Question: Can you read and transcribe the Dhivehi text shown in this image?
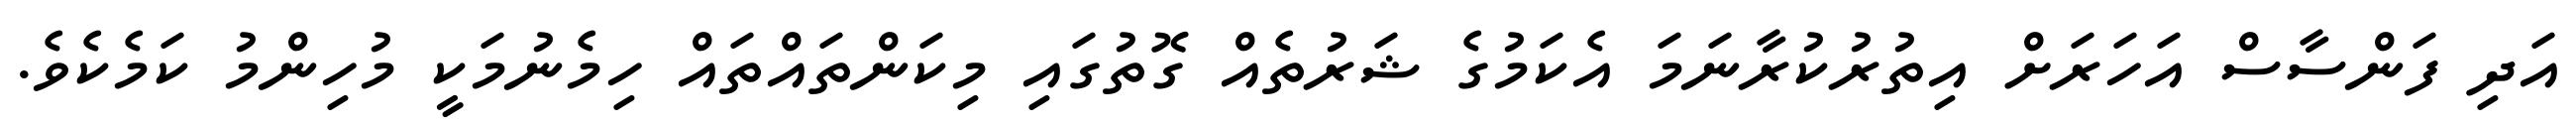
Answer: އަދި ފަންސާސް އަހަރަށް އިތުރުކުރާނަމަ އެކަމުގެ ޝަރުތެއް ގޮތުގައި މިކަންތައްތައް ހިމެނުމަކީ މުހިންމު ކަމެކެވެ.